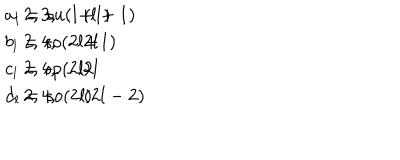
LaTeX: \begin{array} { r l } { { a _ { l } = s u ( l \! + \! 1 ) \hspace { 0 . 2 i n } } } & { { 2 , 3 , \dots ( l + 1 ) } } \\ { { b _ { l } = s o ( 2 l \! + \! 1 ) \hspace { 0 . 2 i n } } } & { { 2 , 4 , \dots 2 l } } \\ { { c _ { l } = s p ( 2 l ) \hspace { 0 . 2 i n } } } & { { 2 , 4 , \dots 2 l } } \\ { { d _ { l } = s o ( 2 l ) \hspace { 0 . 2 i n } } } & { { 2 , 4 , \dots ( 2 l - 2 ) } } \\ \end{array}